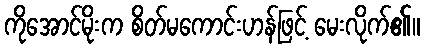
ကိုအောင်မိုးက စိတ်မကောင်းဟန်ဖြင့် မေးလိုက်၏။